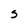
Character: S